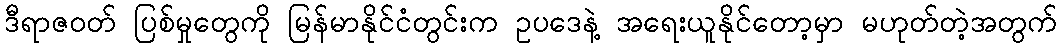
ဒီရာဇဝတ် ပြစ်မှုတွေကို မြန်မာနိုင်ငံတွင်းက ဥပဒေနဲ့ အရေးယူနိုင်တော့မှာ မဟုတ်တဲ့အတွက်